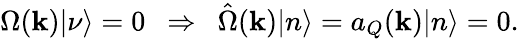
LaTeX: \Omega({\mathbf k})|\nu\rangle=0\ \ \Rightarrow\ \ \hat{\Omega}({\mathbf k})|n\rangle=a_{Q}({\mathbf k})|n\rangle=0.